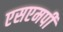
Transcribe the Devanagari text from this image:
एसएमपी